Leaving Certificate Examination, 1915
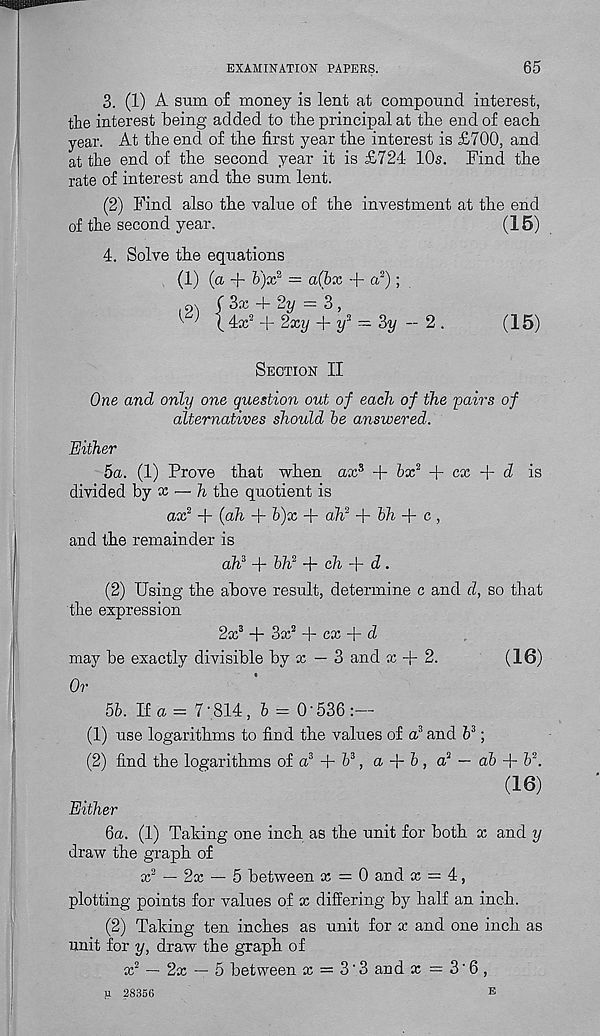
EXAMINATION PAPERS.
65
3. (1) A sum of money is lent at compound interest,
the interest being added to the principal at the end of each
year. At the end of the first year the interest is £700, and
at the end of the second year it is £724 10s. Find the
rate of interest and the sum lent.
(2) Find also the value of the investment at the end
of the second year.
(15)
4. Solve the equations
(1) (a + b')x* = a(bx + a, 2 );
o\ f 3x 0- 2?/ = 3 ,
^ ^ ( 4x 2 + 2xy + y* = 3y — 2 .
(15)
Section II
One and only one question out of each of the pairs of
alternatives should be answered.
Either
5a. (1) Prove that when ax 3 + bx 2 + cx + d is
divided by x — h the quotient is
ax 2 + (ah + b)x + ah 2 +
+ c,
and the remainder is
ah 3 + bh 2 + ch + d.
(2) Using the above result, determine c and d, so that
the expression
2a; 3 + 3x 2 + cx + d
may be exactly divisible by x — 3 and x + 2.
(16)
Or
5b. If a = 7-814, b = 0-536:—
(1) use logarithms to find the values of a? and h 3 ;
(2) find the logarithms of a 3 + fe 3 , a + b, a 2 — ah + h 2 .
(16)
Either
6a. (1) Taking one inch as the unit for both x and y
draw the graph of
x 2 — 2x — 5 between x = 0 and x = 4,
plotting points for values of x differing by half an inch.
(2) Taking ten inches as unit for x and one inch as
unit for y, draw the graph of
x 2 — 2x — 5 between x = 3" 3 and x = 3" 6 ,
ji 28356
E